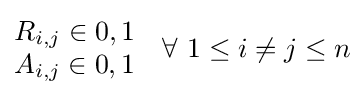
{\begin{matrix}R_{i,j}\in {0,1}\\A_{i,j}\in {0,1}\end{matrix}}\quad \forall \ 1\leq i\neq j\leq n